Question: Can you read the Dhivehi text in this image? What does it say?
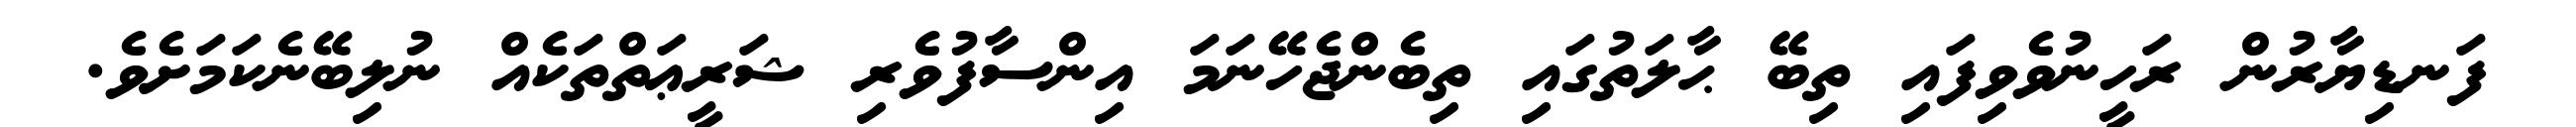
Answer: ފަނޑިޔާރުން ރަހީނުވެވިފައި ތިބޭ ޙާލަތުގައި ތިބެންޖެހޭނަމަ އިންސާފުވެރި ޝަރީޢަތްތަކެއް ނުލިބޭނެކަމަށެވެ.